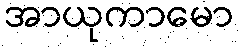
အာယုကာမော